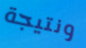
ونتيجة